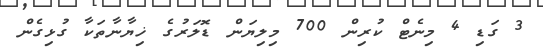
3 ގަޑި 4 މިނެޓް ކުރިން 700 މިލިޔަން ޑޮލަރުގެ ޚިޔާނާތަކާ ގުޅިގެން